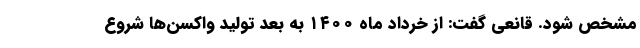
مشخص شود. قانعی گفت: از خرداد ماه ۱۴۰۰ به بعد تولید واکسن‌ها شروع